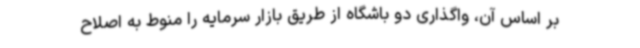
بر اساس آن، واگذاری دو باشگاه از طریق بازار سرمایه را منوط به اصلاح